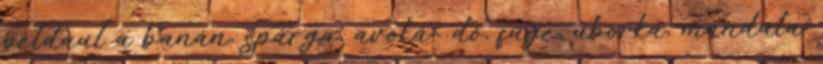
például a banán, spárga, avoká- dó, füge, uborka, mandula.